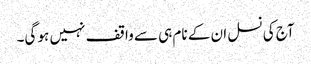
آج کی نسل ان کے نام ہی سے واقف نہیں ہو گی۔